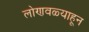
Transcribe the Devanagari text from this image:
लोणवळ्याहून